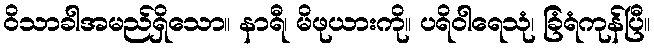
ဝိသာခါအမည်ရှိသော။ နာရီ၊ မိဖုယားကို။ ပရိဝါရေသုံ၊ ခြံရံကုန်ပြီ။